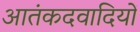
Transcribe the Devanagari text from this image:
आतंकदवादियों